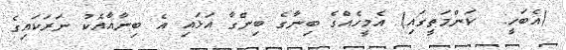
(އެބަހީ:  ކަންމަތީގައި) އެމީހެއްގެ ބިނާގެ ބިންގާ އަޅައި އެ ބިނާއާއެކު ނަރަކައިގެ